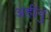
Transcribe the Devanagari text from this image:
अहींनुं